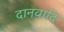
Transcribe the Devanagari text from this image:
दानवादि